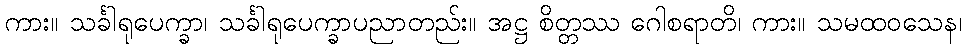
ကား။ သင်္ခါရုပေက္ခာ၊ သင်္ခါရုပေက္ခာပညာတည်း။ အဋ္ဌ စိတ္တဿ ဂေါစရာတိ၊ ကား။ သမထဝသေန၊